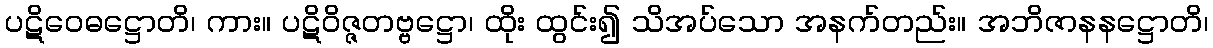
ပဋိဝေဓဋ္ဌောတိ၊ ကား။ ပဋိဝိဇ္ဇတဗ္ဗဋ္ဌော၊ ထိုး ထွင်း၍ သိအပ်သော အနက်တည်း။ အဘိဇာနနဋ္ဌောတိ၊